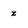
Character: z